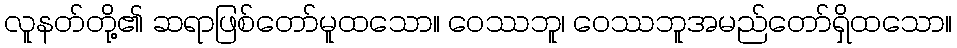
လူနတ်တို့၏ ဆရာဖြစ်တော်မူထသော။ ဝေဿဘူ၊ ဝေဿဘူအမည်တော်ရှိထသော။